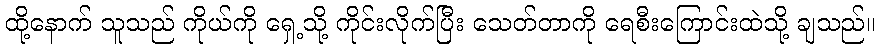
ထို့နောက် သူသည် ကိုယ်ကို ရှေ့သို့ ကိုင်းလိုက်ပြီး သေတ်တာကို ရေစီးကြောင်းထဲသို့ ချသည်။